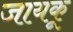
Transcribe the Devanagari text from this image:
जायकू